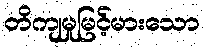
တိကျမှုမြင့်မားသော